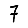
Digit: 7